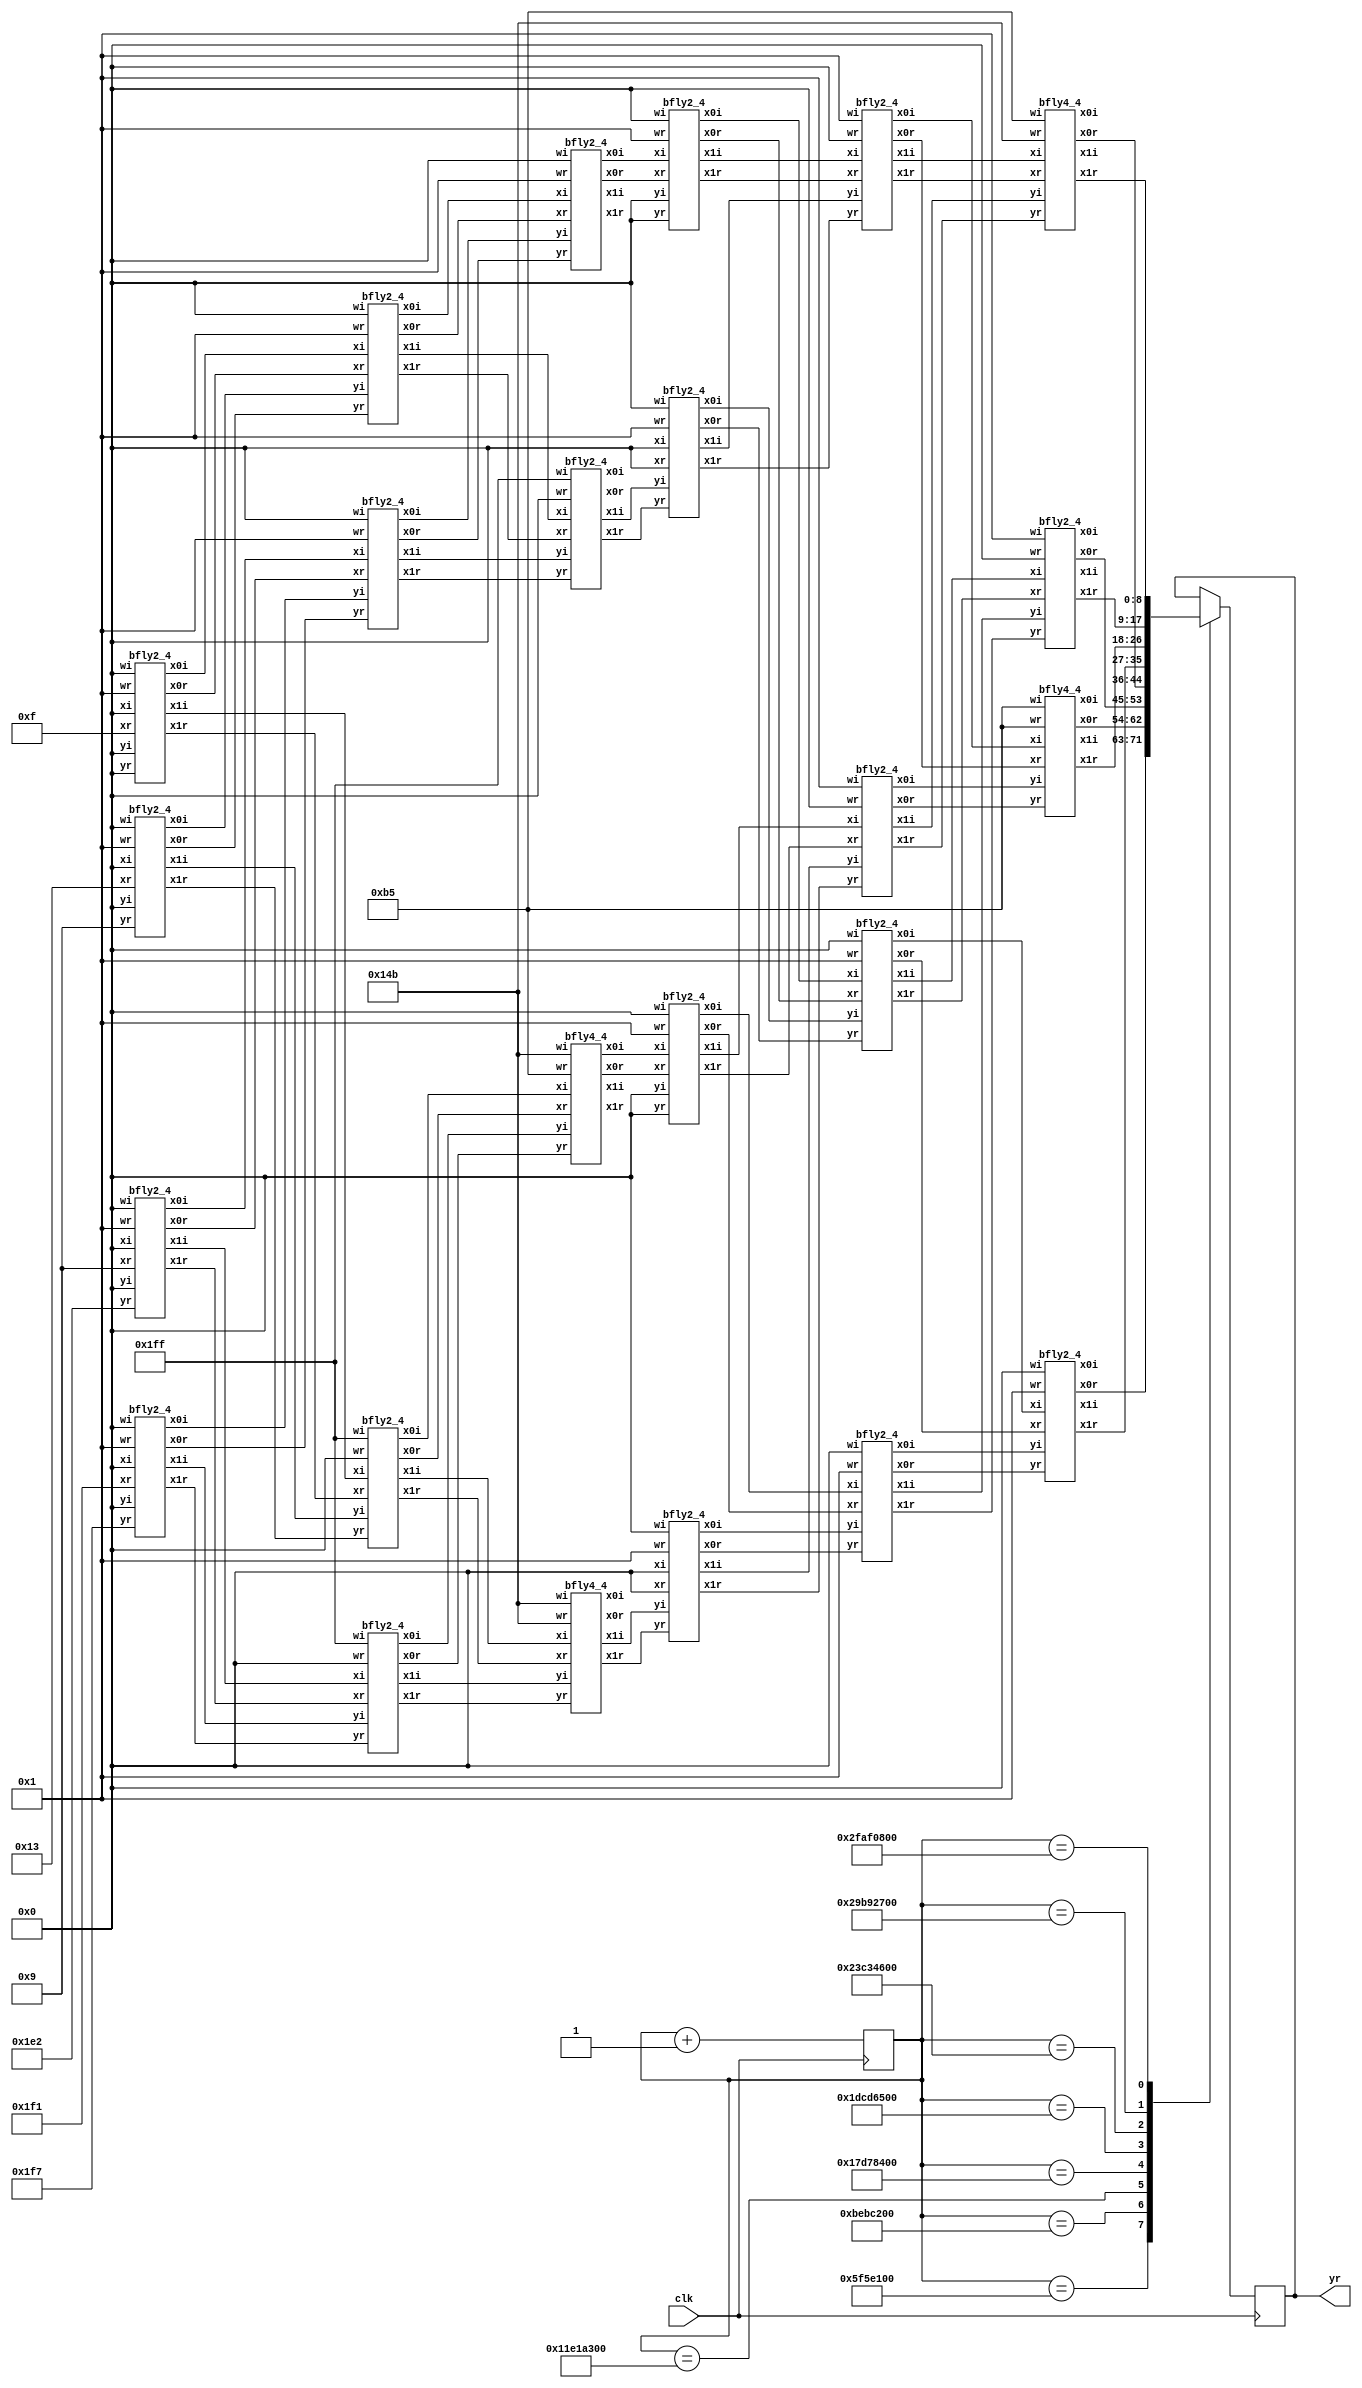
module filter2(input wire clk,output reg [8:0]yr); //main module
  reg [29:0] delay1;

  wire [8:0]y0r,y1r,y2r,y3r,y4r,y5r,y6r,y7r,y0i,y1i,y2i,y3i,y4i,y5i,y6i,y7i;
  wire [8:0]x20r,x20i,x21r,x21i,x22r,x22i,x23r,x23i,x24r,x24i,x25r,x25i,x26r,x26i,x27r,x27i;
  wire [8:0]x10r,x10i,x11r,x11i,x12r,x12i,x13r,x13i,x14r,x14i,x15r,x15i,x16r,x16i,x17r,x17i;
  wire [8:0]x0,x1,x2,x3,x4,x5,x6,x7,x0i,x1i,x2i,x3i,x4i,x5i,x6i,x7i;
  wire [8:0]dy2r,dy2i,dy3r,dy3i,dy4r,dy4i,dy5r,dy5i;
//ifft
  wire [8:0]s0r,s0i,s1r,s1i,s2r,s2i,s3r,s3i,s4r,s4i,s5r,s5i,s6r,s6i,s7r,s7i; 
  wire [8:0]yi0r,yi1r,yi2r,yi3r,yi4r,yi5r,yi6r,yi7r,yi0i,yi1i,yi2i,yi3i,yi4i,yi5i,yi6i,yi7i;
  wire [8:0]xi20r,xi20i,xi21r,xi21i,xi22r,xi22i,xi23r,xi23i,xi24r,xi24i,xi25r,xi25i,xi26r,xi26i,xi27r,xi27i;  
  wire [8:0]xi10r,xi10i,xi11r,xi11i,xi12r,xi12i,xi13r,xi13i,xi14r,xi14i,xi15r,xi15i,xi16r,xi16i,xi17r,xi17i;
  

parameter w0r=9'b1;
parameter w0i=9'b0;
parameter w1r=9'b010110101;
parameter w1i=9'b101001011;
parameter w1i_ifft=9'b010110101;
parameter w2r=9'b0;
parameter w2i=9'b111111111;
parameter w2i_ifft=9'b1;
parameter w3r=9'b101001011;
parameter w3i=9'b101001011;
parameter w3i_ifft=9'b010110101;

assign x0=15;
assign x1=9;
assign x2=19;
assign x3=-15;
assign x4=0;//16 
assign x5=-30;//32 
assign x6=9;//64 
assign x7=-9;//128 
assign x0i=9'b0;
assign x1i=9'b0;
assign x2i=9'b0;
assign x3i=9'b0;
assign x4i=9'b0;//16 
assign x5i=9'b0;//32 
assign x6i=9'b0;//64 
assign x7i=9'b0;//128 
/*
assign x0=9'b000001100;//12
assign x1=9'b000010000;//16
assign x2=9'b000001001;//9
assign x3=9'b111111101;//-3
assign x4=9'b111110010;//-14
assign x5=9'b111110001;//-15
assign x6=9'b111111010;//-6
assign x7=9'b000000110;//6 
*/

//stage1
bfly2_4 s11(x0,x0i,x4,x4i,w0r,w0i,x10r,x10i,x11r,x11i);
bfly2_4 s12(x2,x2i,x6,x6i,w0r,w0i,x12r,x12i,x13r,x13i);
bfly2_4 s13(x1,x1i,x5,x5i,w0r,w0i,x14r,x14i,x15r,x15i);  
bfly2_4 s14(x3,x3i,x7,x7i,w0r,w0i,x16r,x16i,x17r,x17i);
//stage2
bfly2_4 s21(x10r,x10i,x12r,x12i,w0r,w0i,x20r,x20i,x22r,x22i);
bfly2_4 s22(x11r,x11i,x13r,x13i,w2r,w2i,x21r,x21i,x23r,x23i);
bfly2_4 s23(x14r,x14i,x16r,x16i,w0r,w0i,x24r,x24i,x26r,x26i);
bfly2_4 s24(x15r,x15i,x17r,x17i,w2r,w2i,x25r,x25i,x27r,x27i);

//stage3
bfly2_4 s31(x20r,x20i,x24r,x24i,w0r,w0i,y0r,y0i,y4r,y4i);
bfly4_4 s32(x21r,x21i,x25r,x25i,w1r,w1i,y1r,y1i,y5r,y5i);
bfly2_4 s33(x22r,x22i,x26r,x26i,w2r,w2i,y2r,y2i,y6r,y6i);
bfly4_4 s34(x23r,x23i,x27r,x27i,w3r,w3i,y3r,y3i,y7r,y7i);

assign dy2r=0;
assign dy2i=0;
assign dy3r=0;
assign dy3i=0;
assign dy4r=0;
assign dy4i=0;
assign dy5r=0;
assign dy5i=0;

//ifft
//stage1
bfly2_4 si11(y0r,y0i,dy4r,dy4i,w0r,w0i,xi10r,xi10i,xi11r,xi11i);
bfly2_4 si12(dy2r,dy2i,y6r,y6i,w0r,w0i,xi12r,xi12i,xi13r,xi13i);
bfly2_4 si13(y1r,y1i,dy5r,dy5i,w0r,w0i,xi14r,xi14i,xi15r,xi15i);  
bfly2_4 si14(dy3r,dy3i,y7r,y7i,w0r,w0i,xi16r,xi16i,xi17r,xi17i);

//stage2
bfly2_4 si21(xi10r,xi10i,xi12r,xi12i,w0r,w0i,xi20r,xi20i,xi22r,xi22i);
bfly2_4 si22(xi11r,xi11i,xi13r,xi13i,w2r,w2i_ifft,xi21r,xi21i,xi23r,xi23i);
bfly2_4 si23(xi14r,xi14i,xi16r,xi16i,w0r,w0i,xi24r,xi24i,xi26r,xi26i);
bfly2_4 si24(xi15r,xi15i,xi17r,xi17i,w2r,w2i_ifft,xi25r,xi25i,xi27r,xi27i);

//stage3
bfly2_4 si31(xi20r,xi20i,xi24r,xi24i,w0r,w0i,yi0r,yi0i,yi4r,yi4i);
bfly4_4 si32(xi21r,xi21i,xi25r,xi25i,w1r,w1i_ifft,yi1r,yi1i,yi5r,yi5i);
bfly2_4 si33(xi22r,xi22i,xi26r,xi26i,w2r,w2i_ifft,yi2r,yi2i,yi6r,yi6i);
bfly4_4 si34(xi23r,xi23i,xi27r,xi27i,w3r,w3i_ifft,yi3r,yi3i,yi7r,yi7i);

/*assign s0r=yi0r/w;
assign s0i=yi0i/w;
assign s1r=yi1r/w;
assign s1i=yi1i/w;
assign s2r=yi2r/w;
assign s2i=yi2i/w;
assign s3r=yi3r/w;
assign s3i=yi3i/w;
assign s4r=yi4r/w;
assign s4i=yi4i/w;
assign s5r=yi5r/w;
assign s5i=yi5i/w;
assign s6r=yi6r/w;
assign s6i=yi6i/w;
assign s7r=yi7r/w;
assign s7i=yi7i/w;

always@(posedge clk)
case(sel)
  0:begin yr=s0r; yi=s0i; end
  1:begin yr=s1r; yi=s1i; end
  2:begin yr=s2r; yi=s2i; end
  3:begin yr=s3r; yi=s3i; end
  4:begin yr=s4r; yi=s4i; end
  5:begin yr=s5r; yi=s5i; end
  6:begin yr=s6r; yi=s6i; end
  7:begin yr=s7r; yi=s7i; end
endcase
*/

/*always@(posedge clk)
case(sel)
  0:begin yr=yi0r; yi=yi0i; end
  1:begin yr=yi1r; yi=yi1i; end
  2:begin yr=yi2r; yi=yi2i; end
  3:begin yr=yi3r; yi=yi3i; end
  4:begin yr=yi4r; yi=yi4i; end
  5:begin yr=yi5r; yi=yi5i; end
  6:begin yr=yi6r; yi=yi6i; end
  7:begin yr=yi7r; yi=yi7i; end
endcase*/

always@ (posedge clk)
begin
delay1 <= delay1+1;
case(delay1)
       //(27'b00000011110100001001000000): yr = yi0r;
       (30'b000101111101011110000100000000):yr <= yi0r;
       (30'b001011111010111100001000000000):yr <= yi1r;
       (30'b010001111000011010001100000000):yr <= yi2r;
       (30'b010111110101111000010000000000):yr <= yi3r;
       (30'b011101110011010110010100000000):yr <= yi4r;
       (30'b100011110000110100011000000000):yr <= yi5r;
       (30'b101001101110010010011100000000):yr <= yi6r;
       (30'b101111101011110000100000000000):yr <= yi7r;
       //(29'b0010111110101111000010000000):yr = yi4r;
       //(29'b0011100100111000011100000000):yr = yi5r;
       //(29'b0100001011000001110110000000):yr = yi6r;
       //(29'b0100110001001011010000000000):yr = yi7r;
       //(27'b00000111101000010010000000): yr = yi1r;
       //(27'b00001011011100011011000000): yr = yi2r;
       //(27'b00001111010000100100000000): yr = yi3r;
       //(27'b00010011000100101101000000): yr = yi4r;
       //(27'b00010110111000110110000000): yr = yi5r;
       //(27'b00011010101100111111000000): yr = yi6r;
       //(27'b00011110100001001000000000): yr = yi7r;
       
endcase
//if (delay>29'b10001111000011010001100000000);
//begin
//delay<=0;
//end
end

/*always@ (posedge clk)
begin
delay <= delay+1;
case(delay)
       (27'b00000011110100001001000000): yr = yi0r;
       (27'b00000111101000010010000000): yr = yi1r;
endcase
if (delay>27'b00000111101000010010000000)
begin
delay<=0;
end
end*/
endmodule

module bfly2_4(xr,xi,yr,yi,wr,wi,x0r,x0i,x1r,x1i);// W08 & W28 
input signed [8:0]xr,xi,yr,yi; 
input signed [8:0]wr,wi; 
output[8:0]x0r,x0i,x1r,x1i; 
wire [17:0]p1,p2,p3,p4; 
assign p1=wr*yr; 
assign p2=wi*yi;
assign p3=wr*yi; 
assign p4=wi*yr; 
assign x0r=xr+p1[8:0]- p2[8:0];
assign x0i=xi+p3[8:0]+ p4[8:0]; 
assign x1r=xr-p1[8:0]+ p2[8:0]; 
assign x1i=xi-p3[8:0]- p4[8:0];
endmodule 

module bfly4_4(xr,xi,yr,yi,wr,wi,x0r,x0i,x1r,x1i); //W18 & W38 
input signed [8:0]xr,xi,yr,yi; 
input signed [8:0]wr,wi; 
output [8:0]x0r,x0i,x1r,x1i; 
wire [17:0]p1,p2,p3,p4; 
assign p1=wr*yr; 
assign p2=wi*yi; 
assign p3=wr*yi; 
assign p4=wi*yr; 
assign x0r=xr+p1[17:8]-p2[17:8];
assign x0i=xi+p3[17:8]+p4[17:8]; 
assign x1r=xr-p1[17:8]+p2[17:8]; 
assign x1i=xi-p3[17:8]- p4[17:8]; 
endmodule